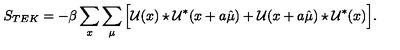
S _ { T E K } = - \beta \sum _ { x } \sum _ { \mu } \Big [ \mathcal { U } ( x ) \star \mathcal { U } ^ { * } ( x + a \hat { \mu } ) + \mathcal { U } ( x + a \hat { \mu } ) \star \mathcal { U } ^ { * } ( x ) \Big ] .